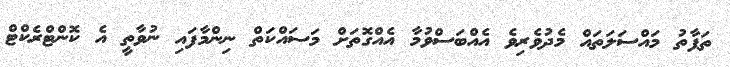
ތަފާތު މައްސަލަތައް މެދުވެރިވެ އެއްބަސްވުމާ އެއްގޮތަށް މަސައްކަތް ނިންމާފައި ނުވާތީ އެ ކޮންޓްރެކްޓް